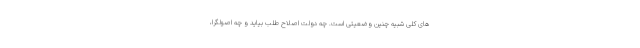
های کلی شبیه چنین وضعیتی است. چه دولت اصلاح طلب بیاید و چه اصولگرا،